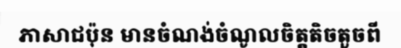
ភាសាជប៉ុន មានចំណង់ចំណូលចិត្តតិចតួចពី